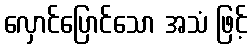
လှောင်ပြောင်သော အသံ ဖြင့်